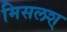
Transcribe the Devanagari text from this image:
मिसलश्